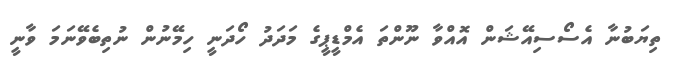
ތިޔަބުނާ އެސޯސިއޭޝަން އޮއްވާ ނޫންތަ އެމްޑީޕީގެ މަދަދު ހޯދަނީ ހިމޭނުން ނުތިބެވޭނަމަ ވާނީ